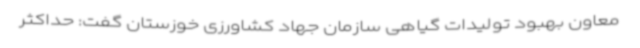
معاون بهبود تولیدات گیاهی سازمان جهاد کشاورزی خوزستان گفت: حداکثر